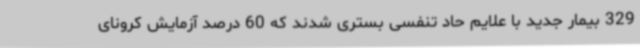
329 بیمار جدید با علایم حاد تنفسی بستری شدند که 60 درصد آزمایش کرونای